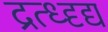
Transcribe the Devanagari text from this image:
द्रत्ध्दृद्य